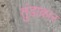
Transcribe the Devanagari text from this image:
तुंडाकार